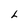
Character: L